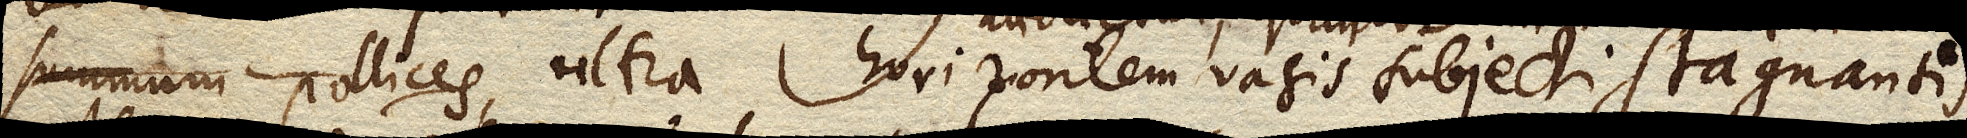
tantam praecise altitudinem ultra horizontem vasis subjecti stagnantis.